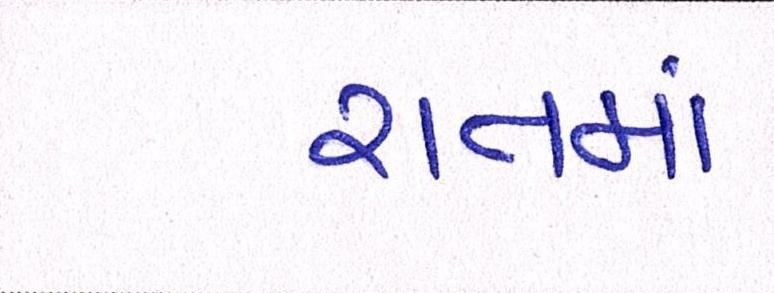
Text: રાતમાં